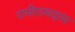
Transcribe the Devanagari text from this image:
रामीरामदास